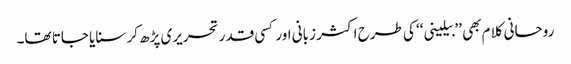
روحانی کلام بھی ’’بیلینی‘‘ کی طرح اکثر زبانی اور کسی قدر تحریری پڑھ کر سنایا جاتا تھا۔